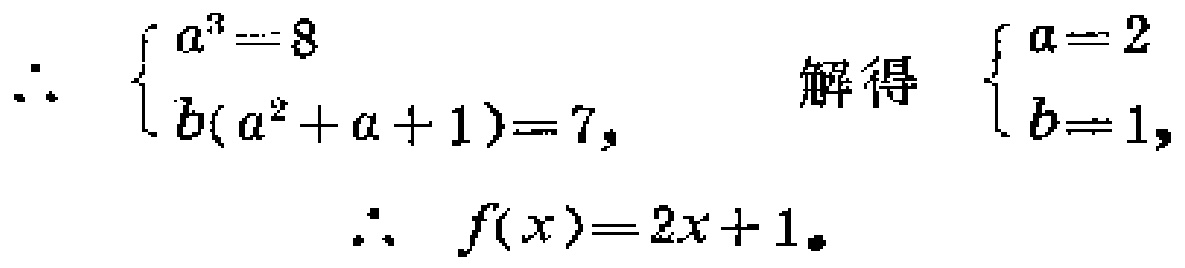
\[
\begin{align*}
\therefore\quad
\begin{cases}
a^{3}=8\\
b(a^{2}+a + 1)=7,
\end{cases}
\quad\text{解得}\quad
\begin{cases}
a = 2\\
b = 1,
\end{cases}\\
\therefore\quad f(x)=2x + 1.
\end{align*}
\]